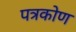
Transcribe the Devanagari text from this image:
पत्रकोण